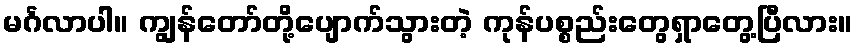
မင်္ဂလာပါ။ ကျွန်တော်တို့ပျောက်သွားတဲ့ ကုန်ပစ္စည်းတွေရှာတွေ့ပြီလား။